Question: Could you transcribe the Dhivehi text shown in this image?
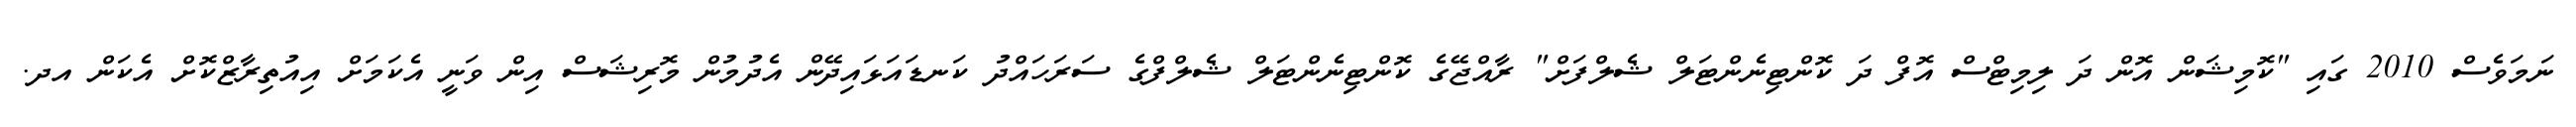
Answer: ނަމަވެސް 2010 ގައި "ކޮމިޝަން އޮން ދަ ލިމިޓްސް އޮފް ދަ ކޮންޓިނެންޓަލް ޝެލްފަށް" ރާއްޖޭގެ ކޮންޓިނެންޓަލް ޝެލްފްގެ ސަރަހައްދު ކަނޑައަޅައިދޭން އެދުމުން މޮރިޝަސް އިން ވަނީ އެކަމަށް އިއުތިރާޒްކޮށް އެކަން އދ.